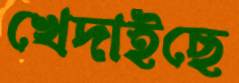
খেদাইছে